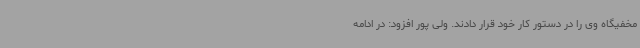
مخفیگاه وی را در دستور کار خود قرار دادند. ولی پور افزود: در ادامه